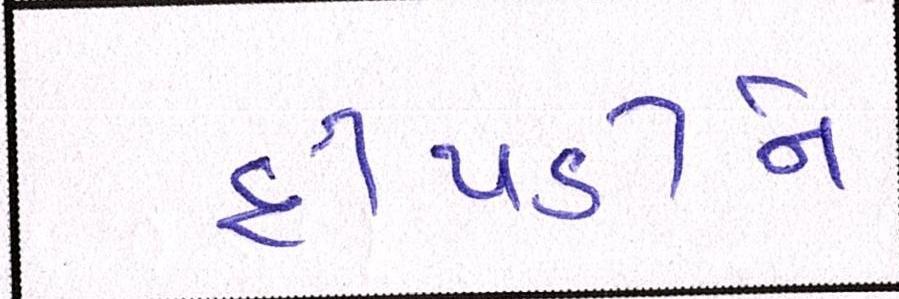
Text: દીપડીને